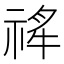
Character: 𬓄